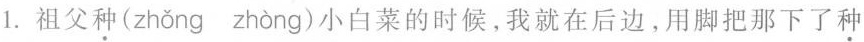
1.祖父种(zhǒng zhòng)小白菜的时候,我就在后边,用脚把那下了种